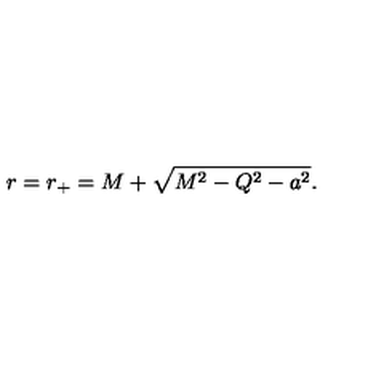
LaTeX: r = r _ { + } = M + \sqrt { M ^ { 2 } - Q ^ { 2 } - a ^ { 2 } } .